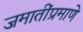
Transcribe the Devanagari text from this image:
जमातींप्रमाणे